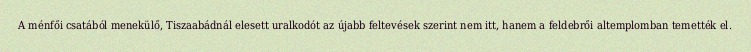
A ménfői csatából menekülő, Tiszaabádnál elesett uralkodót az újabb feltevések szerint nem itt, hanem a feldebrői altemplomban temették el.